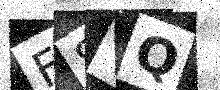
Text: F8TQ